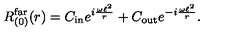
R _ { ( 0 ) } ^ { \mathrm { f a r } } ( r ) = C _ { \mathrm { i n } } e ^ { i \frac { \omega \ell ^ { 2 } } { r } } + C _ { \mathrm { o u t } } e ^ { - i \frac { \omega \ell ^ { 2 } } { r } } .